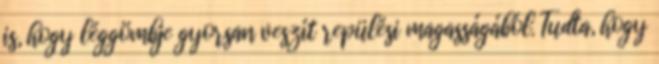
is, hogy léggömbje gyorsan veszít repülési magasságából. Tudta, hogy